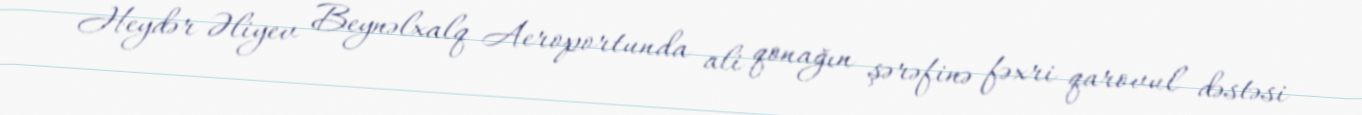
Heydər Əliyev Beynəlxalq Aeroportunda ali qonağın şərəfinə fəxri qarovul dəstəsi